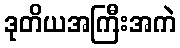
ဒုတိယအကြီးအကဲ